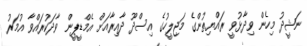
ނަޝީދު މިހެން ވިދާޅުވީ ރައްޔިތުންގެ މަޖިލީހުގެ އިސްދޫ ދާއިރާއަށް އެމްޑީޕީން ވާދަކުރައްވާ އުމަރު